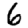
Digit: 6